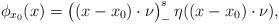
\begin{align*}\phi_{x_0}(x)=\bigl((x-x_0)\cdot\nu\bigr)_-^s\,\eta((x-x_0)\cdot\nu),\end{align*}